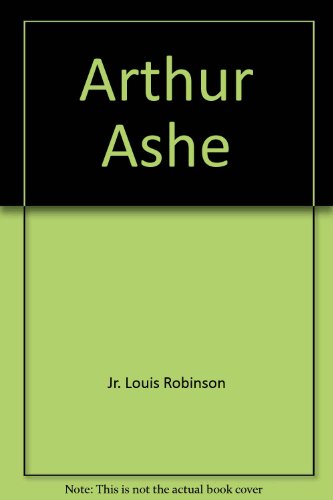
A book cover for Arthur Ashe : Tennis Champion; Jr. Louis Robinson; Children's Books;